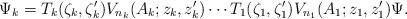
LaTeX: \begin{align*}\Psi_k=T_k(\zeta_k,\zeta_k') V_{n_k}(A_k;z_k ,z_k') \cdots T_1(\zeta_1,\zeta_1') V_{n_1}(A_1;z_1 , z_1') \Psi.\end{align*}